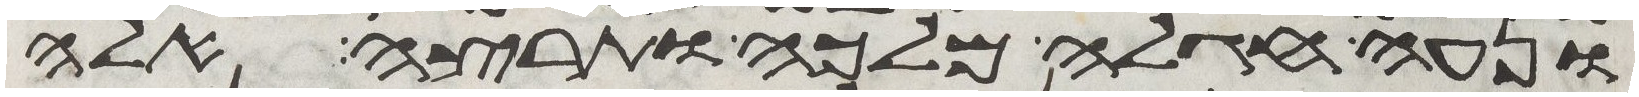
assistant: ונעה חגלה מלכה ותרצה אלה